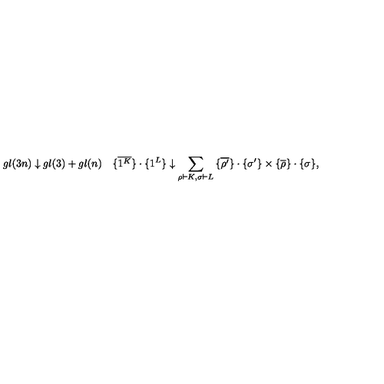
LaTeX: g l ( 3 n ) \downarrow g l ( 3 ) + g l ( n ) \quad { \{ } \overline { { 1 ^ { K } } } { \} } \cdot { \{ } 1 ^ { L } { \} } \downarrow \sum _ { \rho \vdash K , \sigma \vdash L } { \{ } \overline { { \rho ^ { \prime } } } { \} } \cdot { \{ } \sigma ^ { \prime } { \} } \times { \{ } \overline { { \rho } } { \} } \cdot { \{ } \sigma { \} } ,